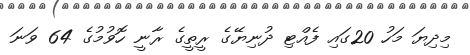
މިދިޔަ މަހު 20ގައި ފެއްޓި ދުނިޔޭގެ ރީތީގެ ރާނީ ހޮވުމުގެ 64 ވަނަ